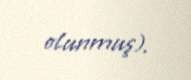
olunmuş).